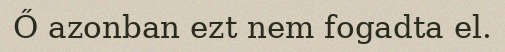
Ő azonban ezt nem fogadta el.